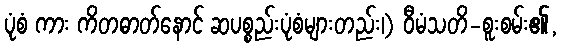
ပုံစံ ကား ကိတဓာတ်နောင် ဆပစ္စည်းပုံစံများတည်း၊) ဝီမံသတိ-စူးစမ်း၏,